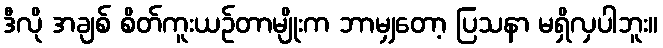
ဒီလို အချစ် စိတ်ကူးယဉ်တာမျိုးက ဘာမျှတော့ ပြသနာ မရှိလှပါဘူး။